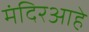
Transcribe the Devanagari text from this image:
मंदिरआहे